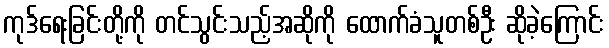
ကုဒ်ရေးခြင်းတို့ကို တင်သွင်းသည့်အဆိုကို ထောက်ခံသူတစ်ဦး ဆိုခဲ့ကြောင်း